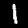
Digit: 1